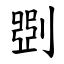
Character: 㓸